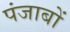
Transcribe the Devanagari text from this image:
पंजाबों